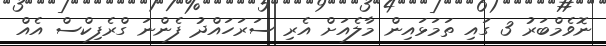
ނޮވެމްބަރު 3 ގައި ތަމަޅައިން މާލެއަށް އެރި ސަރަހައްދު ފެންނަ ގްރެފިކްސް އެއް